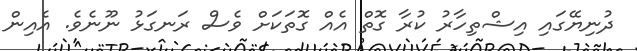
ދުނިޔޭގައި އިޝްތިހާރު ކުރާ ގޮތް އެއް ގޮތަކަށް ވެސް ރަނގަޅު ނޫނެވެ. އެއިން